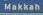
makkah